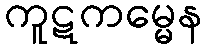
ကူဋကမ္မေန